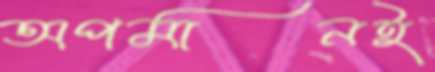
অপমানই